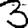
Digit: 3